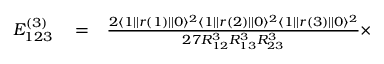
\begin{array} { r l r } { E _ { 1 2 3 } ^ { ( 3 ) } } & { { } = } & { \frac { 2 \langle 1 | | r ( 1 ) | | 0 \rangle ^ { 2 } \langle 1 | | r ( 2 ) | | 0 \rangle ^ { 2 } \langle 1 | | r ( 3 ) | | 0 \rangle ^ { 2 } } { 2 7 R _ { 1 2 } ^ { 3 } R _ { 1 3 } ^ { 3 } R _ { 2 3 } ^ { 3 } } \times } \end{array}